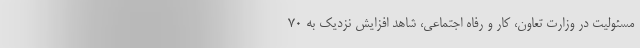
مسئولیت در وزارت تعاون، کار و رفاه اجتماعی، شاهد افزایش نزدیک به ۷۰